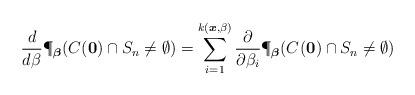
LaTeX: \begin{align*}\frac{d}{d\beta}\P_{\boldsymbol{\beta}}(C^{}({\bf 0}) \cap S_n \neq \emptyset)=\sum_{i=1}^{k(\boldsymbol{x},\beta)} \frac{\partial}{\partial \beta_i} \P_{\boldsymbol{\beta}}(C^{}({\bf 0}) \cap S_n \neq \emptyset)\end{align*}